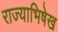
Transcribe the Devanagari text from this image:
राज्याभिषेख